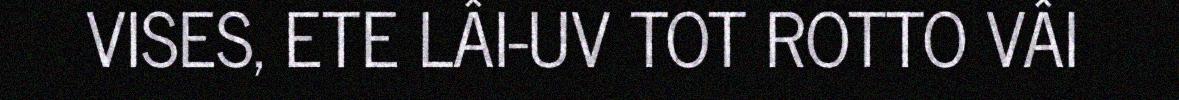
VISES, ETE LÂI-UV TOT ROTTO VÂI